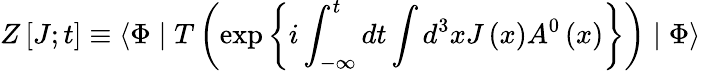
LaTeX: Z\left[J;t\right]\equiv\langle\Phi\mid T\left(\exp\left\{ i\int_{-\infty}^{t}dt\int d^{3}xJ\left(x\right)A^{0}\left(x\right)\right\} \right)\mid\Phi\rangle